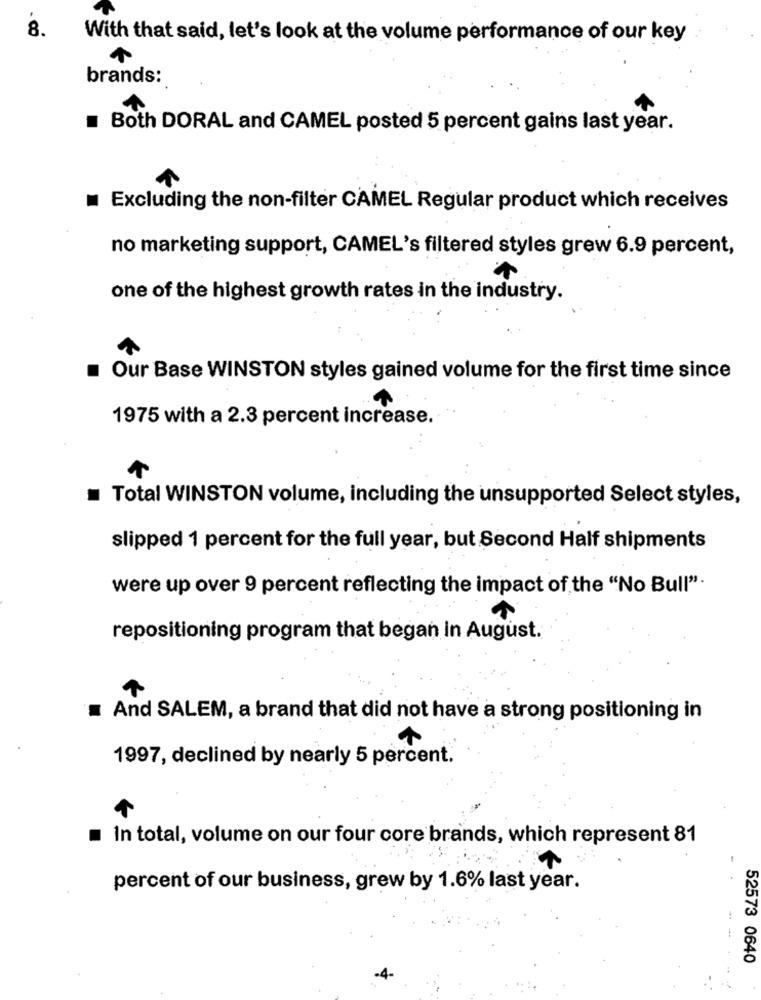
8.
With that said, let's look at the volume performance of our key
brands:
Both DORAL and CAMEL posted 5 percent gains last year.
Excluding the non-filter CAMEL Regular product which receives
no marketing support, CAMEL's filtered styles grew 6.9 percent,
one of the highest growth rates in the industry.
Our Base WINSTON styles gained volume for the first time since
1975 with a 2.3 percent increase.
Total WINSTON volume, including the unsupported Select styles,
slipped 1 percent for the full year, but Second Half shipments
were up over 9 percent reflecting the impact of the "No Bull".
repositioning program that began in August.
And SALEM, a brand that did not have a strong positioning in
1997, declined by nearly 5 percent.
In total, volume on our four core brands, which represent 81
percent of our business, grew by 1.6% last year.
--
52573 0640
-4-